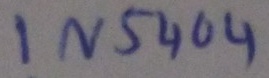
Text: IN5404